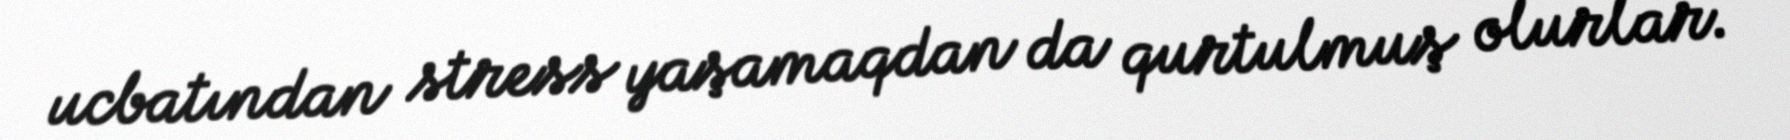
ucbatından stress yaşamaqdan da qurtulmuş olurlar.